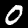
Label: 0